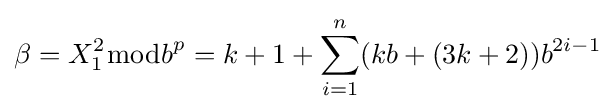
\beta =X_{1}^{2}{\bmod {b}}^{p}=k+1+\sum _{i=1}^{n}(kb+(3k+2))b^{2i-1}